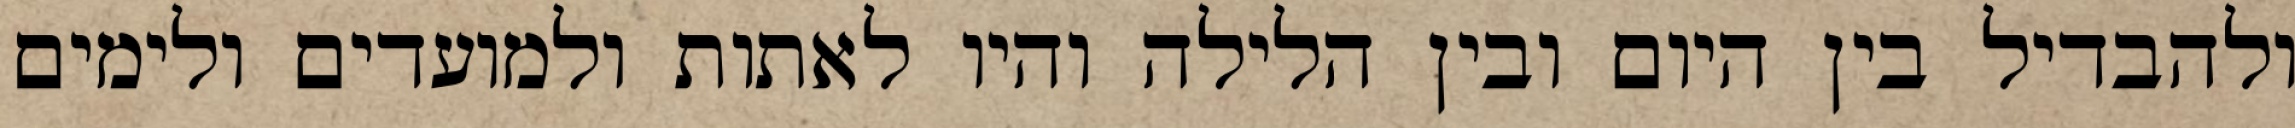
ולהבדיל בין היום ובין הלילה והיו לאתות ולמועדים ולימים